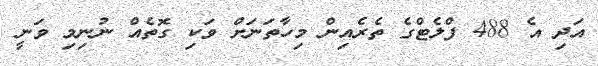
އަދި އެ 488 ފްލެޓްގެ ތެރެއިން މިހާތަނަށް ވަކި ގޮތެއް ނުނިމި ވަނީ